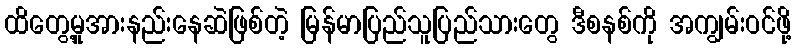
ထိတွေ့မှုအားနည်းနေဆဲဖြစ်တဲ့ မြန်မာပြည်သူပြည်သားတွေ ဒီစနစ်ကို အကျွမ်းဝင်ဖို့